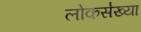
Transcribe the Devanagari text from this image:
लोकस॑ख्या